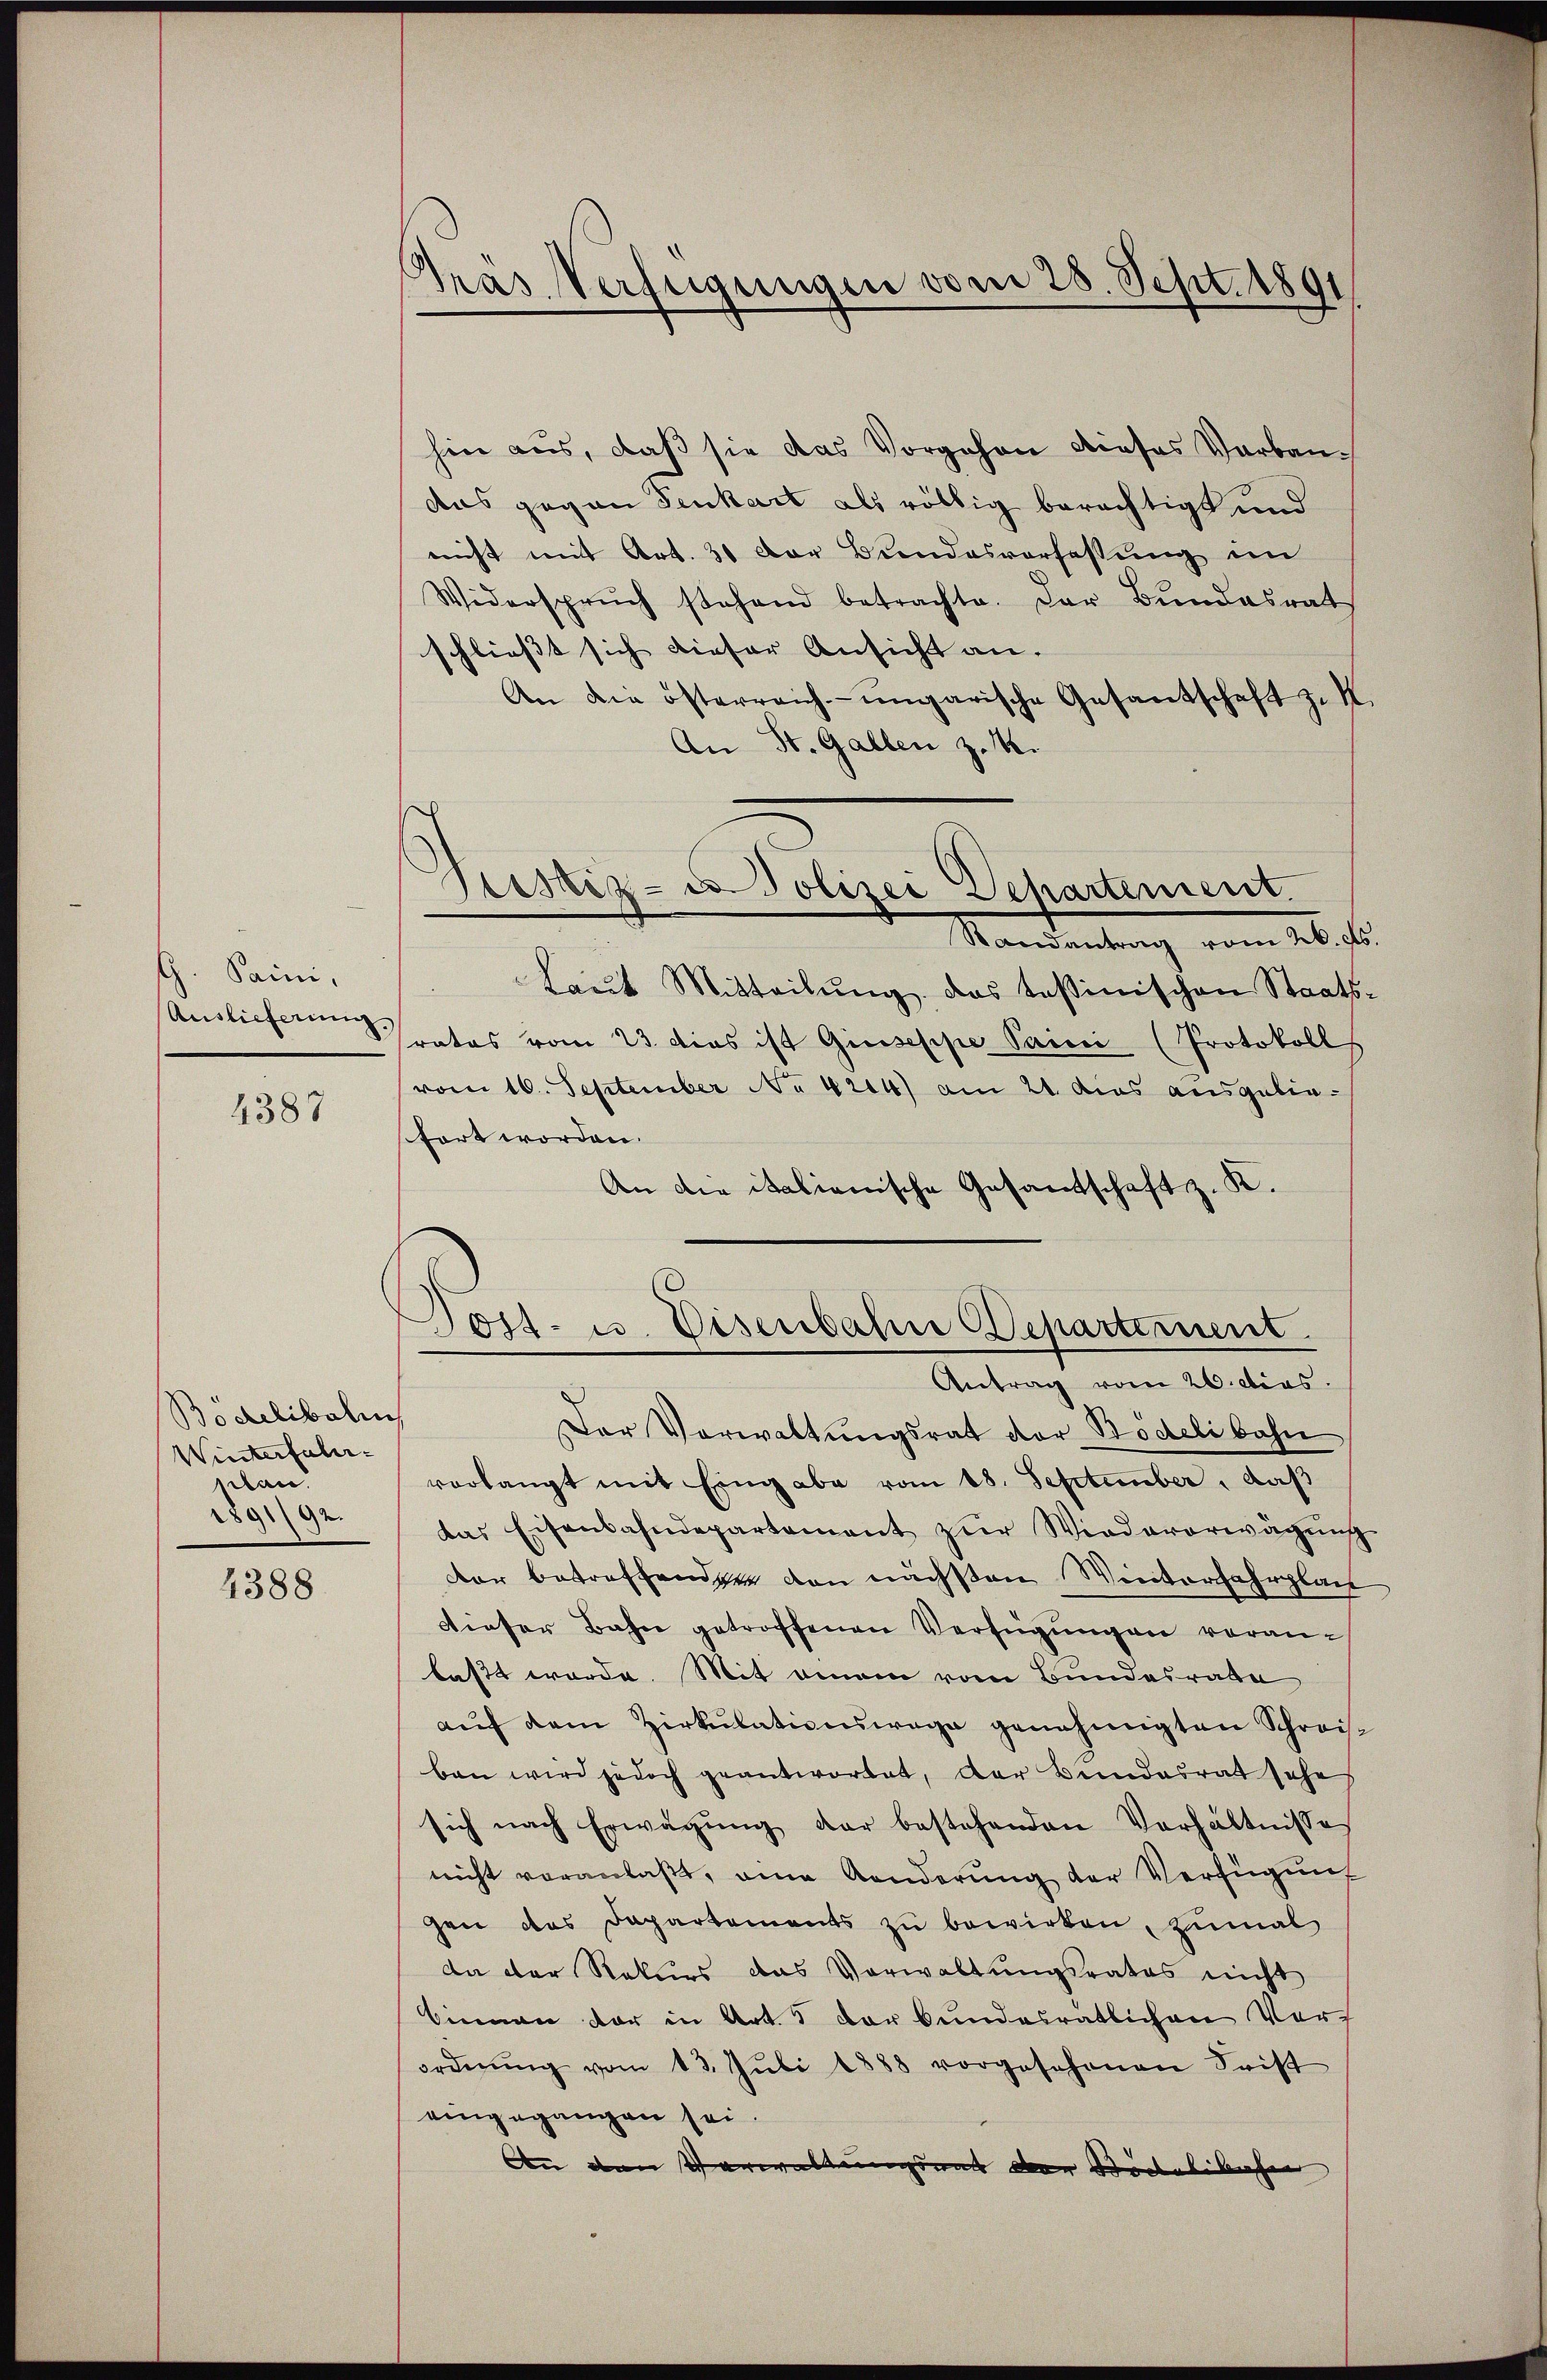
G. Saini,
Auslieferung.

4387

Bödelibali
Winterfahr-
plan.
1891/92.

4388

Pras Verfügungen vom 28. Sept. 1891

Justiz- u Polizei Departement.

hin aus, daß sie das Vorgehen dieses Verbaudas gegen Senkart als völlig berechtigt und
nicht mit Art. 30 der Bundesverfassung im
Widerspruch stehend betrachte. Der Bŭndesrat
schließt sich dieser Ansicht an.
An die österreich-ungarische Gesantschaft zu K
An St. Gallen z. B.
Randantrag vom 26. ds
Laŭt Mitteilŭng, das testinischen Staats
rates vom 23. Dies ist Giuseppe Paini (Protokoll
vom 16. September No 4204) am 21. dies ausgebiestört worden.
An die italienische Gesantschaft z. K.
Post- u. Eisenbahne Departernent
Antrag vom 26. dies
Der Vorwaltungsrat der Bödelibahn
verlangt mit Eingabe vom 18. September, daß
das Eisenbahndepartament zŭr Wiedererwägŭng
dar betreffenden von nächsten Winterfahrplat
dieser Bahn getroffenen Verfügungen voranlaßt werde. Mit einem vom Bundesrate
aŭf dem Zirkŭlationswage genehmigten Schreis-
ben wird jedoch geantwortet, der Bundesrat sehe
sich nach Erwägŭng der bestehenden Verhältnisse
nicht veranlaßt, eine Aenderung der Verfügung
gen das Departements zu bewirken, zumal
da der Rekurs das Verwaltungsrates nicht
binnen der in Art. 5 der bundesratlichen Verordnŭng vom 13. Jŭli 1888 vorgesehenen Frist
eingegangen sei.
An den Verwaltungsrat der Stöckelibacher

2